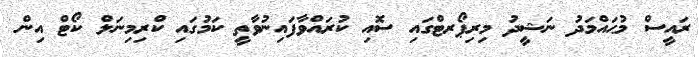
ރައީސް މުޙައްމަދު ނަޝީދު މިރިޕޯރޓްގައި ސޮއި ކުރައްވާފައިނުވާތީ ކަމުގައި ކްރިމިނަލް ކޯޓް އިން